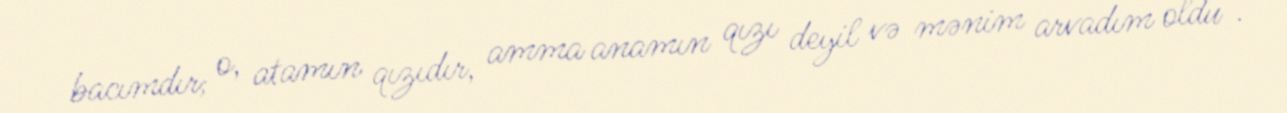
bacımdır; o, atamın qızıdır, amma anamın qızı deyil və mənim arvadım oldu".